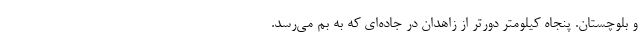
و بلوچستان. پنجاه کیلومتر دورتر از زاهدان در جاده‌ای که به بم می‌رسد.